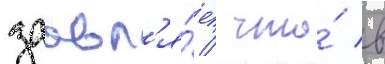
заавл'я́ет / что́ в